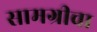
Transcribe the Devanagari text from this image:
सामग्रीचा